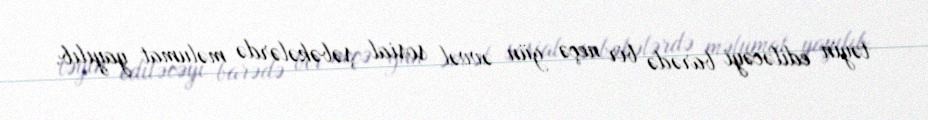
təyin ediləcəyi barədə bir neçə gün əvvəl sosial şəbəkələrdə məlumat yayılıb.